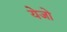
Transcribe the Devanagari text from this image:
येजो